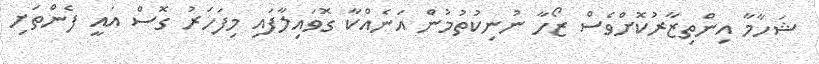
ޝަހާމާ އިންތިޒާރުކޮށްވެސް ޒޯހާ ނުނިކުތުމުން އަނެއްކާ ގޮވައިލާފައި މިފަހަރު ގޮސް އައީ ފެންތަށި